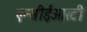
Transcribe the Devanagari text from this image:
एन्सीईआरटी